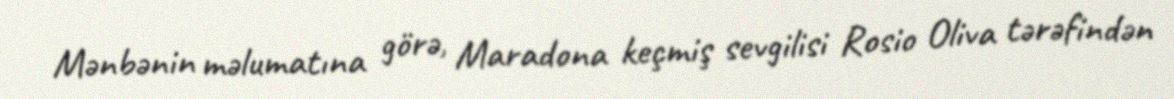
Mənbənin məlumatına görə, Maradona keçmiş sevgilisi Rosio Oliva tərəfindən